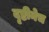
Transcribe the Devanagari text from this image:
दृष्टीनेच